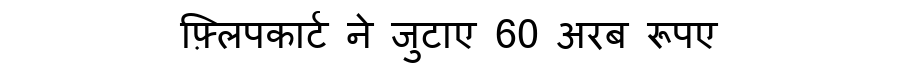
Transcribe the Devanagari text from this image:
फ़्लिपकार्ट ने जुटाए 60 अरब रूपए